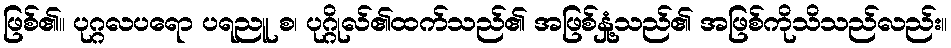
ဖြစ်၏။ ပုဂ္ဂလပရော ပရညူ စ၊ ပုဂ္ဂိုလ်၏ထက်သည်၏ အဖြစ်နှုံ့သည်၏ အဖြစ်ကိုသိသည်လည်း။